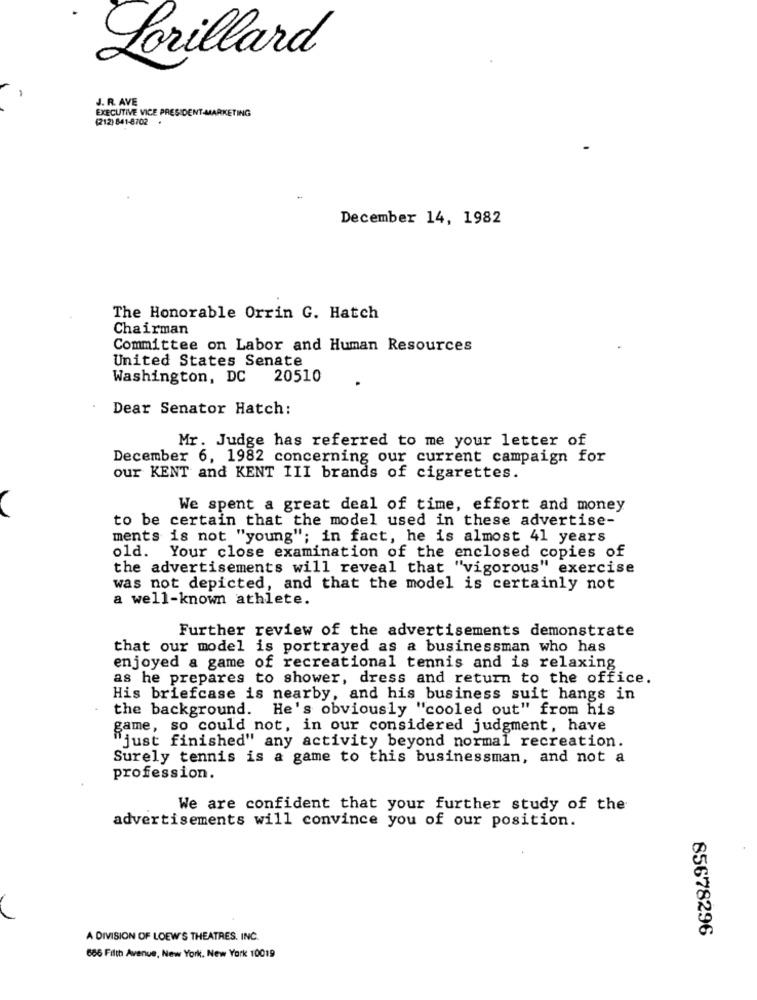
Lorillard
J. R. AVE
EXECUTIVE VICE PRESIDENT-MARKETING
(212) 841-8702 .
December 14, 1982
The Honorable Orrin G. Hatch
Chairman
Committee on Labor and Human Resources
United States Senate
Washington, DC
20510
Dear Senator Hatch:
Mr. Judge has referred to me your letter of
December 6, 1982 concerning our current campaign for
our KENT and KENT III brands of cigarettes.
We spent a great deal of time, effort and money
to be certain that the model used in these advertise-
ments is not "young"; in fact, he is almost 41 years
old.
Your close examination of the enclosed copies of
the advertisements will reveal that "vigorous" exercise
was not depicted, and that the model is certainly not
a well-known athlete.
Further review of the advertisements demonstrate
that our model is portrayed as a businessman who has
enjoyed a game of recreational tennis and is relaxing
as he prepares to shower, dress and return to the office.
His briefcase is nearby, and his business suit hangs in
the background. He's obviously "cooled out" from his
game, so could not, in our considered judgment, have
"just finished" any activity beyond normal recreation.
Surely tennis is a game to this businessman, and not a
profession.
We are confident that your further study of the
advertisements will convince you of our position.
85678296
A DIVISION OF LOEW'S THEATRES. INC.
686 Filth Avenue, New York, New York 10019